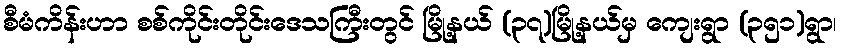
စီမံကိန်းဟာ စစ်ကိုင်းတိုင်းဒေသကြီးတွင် မြို့နယ် (၃၇)မြို့နယ်မှ ကျေးရွာ (၃၅၁)ရွာ၊